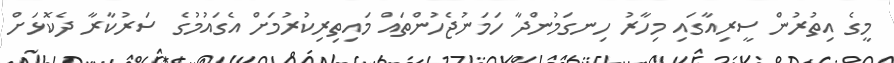
މީގެ އިތުރުން ސީރިއާގައި މިހާރު ހިނގަމުންދާ ހަމަނުޖެހުންތައް މައިތިރިކުރުމަށް އެގައުމުގެ ސަރުކާރާ ދެކޮޅަށް